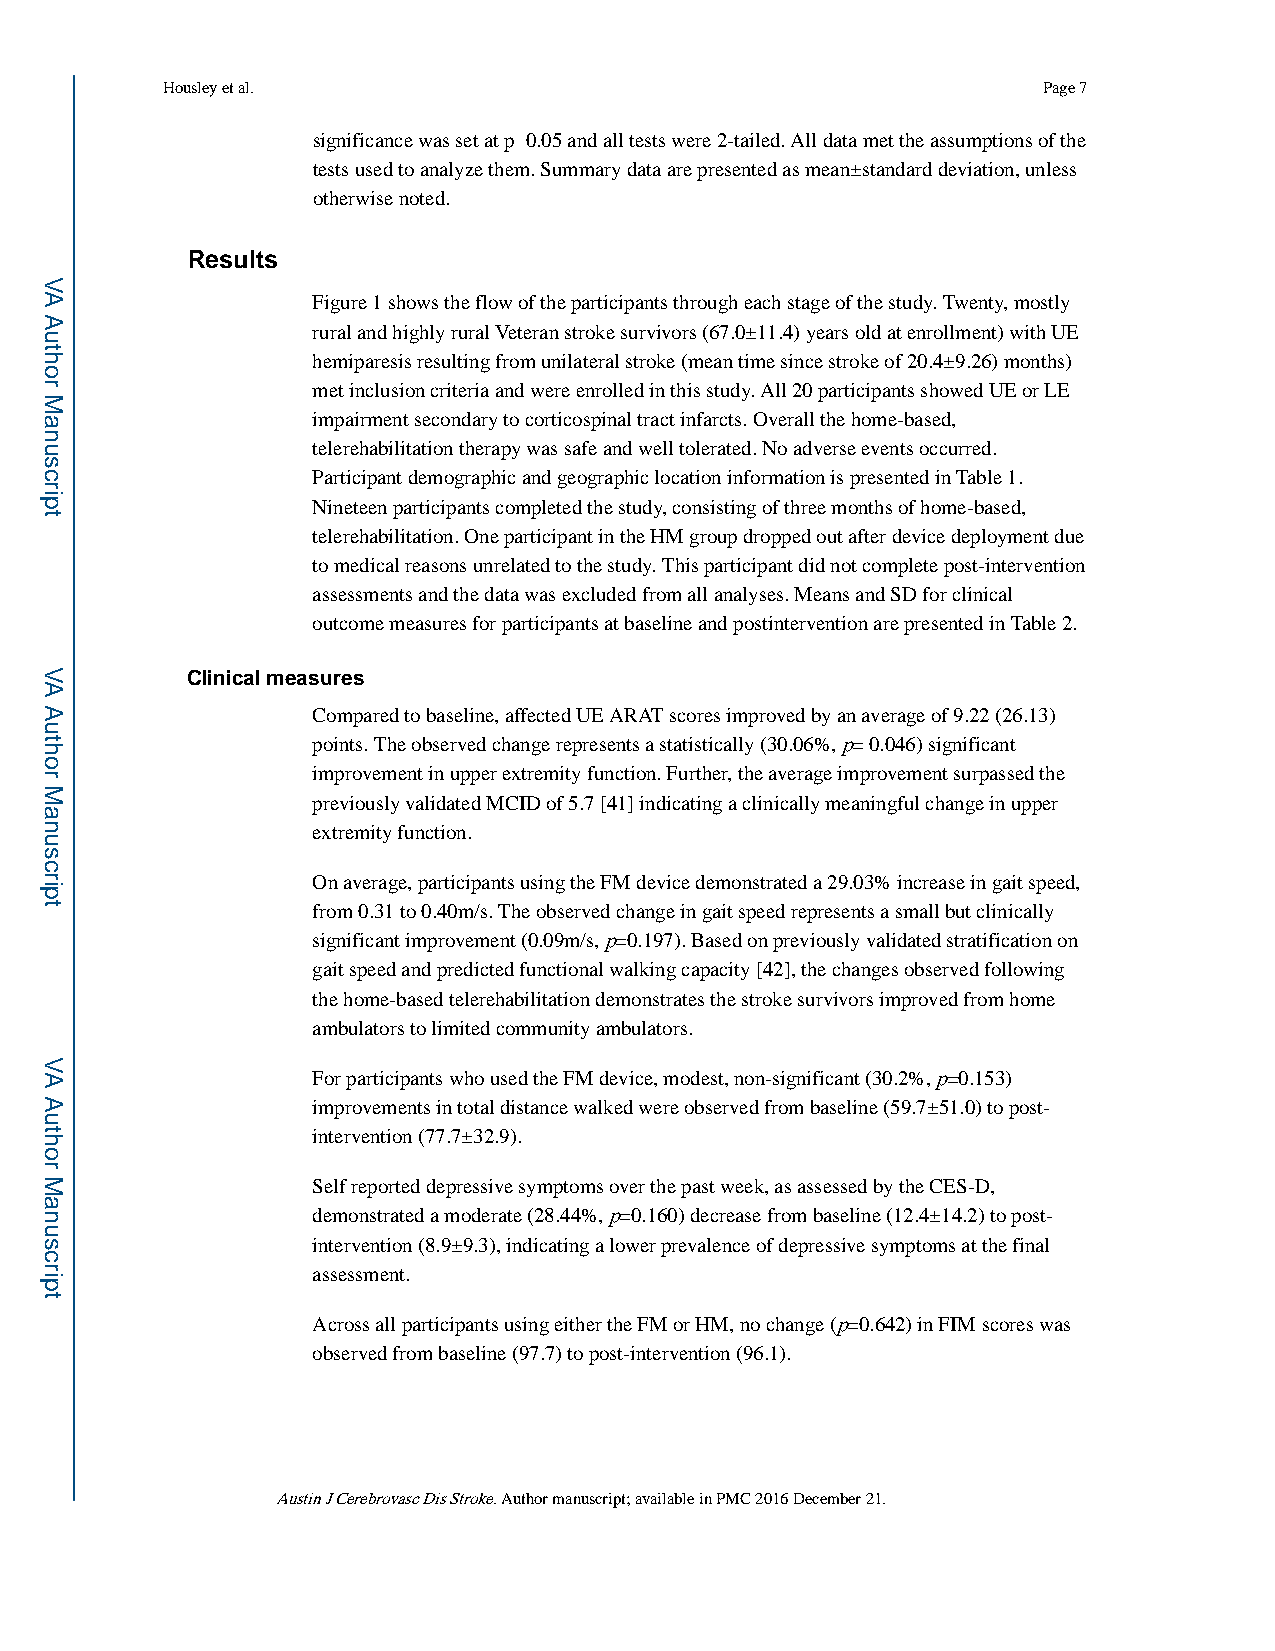
Housley et al.                                            Page 7
 significance was set at p≤0.05 and all tests were 2-tailed. All data met the assumptions of the
 tests used to analyze them. Summary data are presented as mean±standard deviation, unless
 otherwise noted.
 Results
 Figure 1 shows the flow of the participants through each stage of the study. Twenty, mostly
 rural and highly rural Veteran stroke survivors (67.0±11.4) years old at enrollment) with UE
 hemiparesis resulting from unilateral stroke (mean time since stroke of 20.4±9.26) months)
 met inclusion criteria and were enrolled in this study. All 20 participants showed UE or LE
 impairment secondary to corticospinal tract infarcts. Overall the home-based,
 telerehabilitation therapy was safe and well tolerated. No adverse events occurred.
 Participant demographic and geographic location information is presented in Table 1.
 Nineteen participants completed the study, consisting of three months of home-based,
 telerehabilitation. One participant in the HM group dropped out after device deployment due
 to medical reasons unrelated to the study. This participant did not complete post-intervention
 assessments and the data was excluded from all analyses. Means and SD for clinical
 outcome measures for participants at baseline and postintervention are presented in Table 2.
 Clinical measures
 Compared to baseline, affected UE ARAT scores improved by an average of 9.22 (26.13)
 points. The observed change represents a statistically (30.06%, p= 0.046) significant
 improvement in upper extremity function. Further, the average improvement surpassed the
 previously validated MCID of 5.7 [41] indicating a clinically meaningful change in upper
 extremity function.
 On average, participants using the FM device demonstrated a 29.03% increase in gait speed,
 from 0.31 to 0.40m/s. The observed change in gait speed represents a small but clinically
 significant improvement (0.09m/s, p=0.197). Based on previously validated stratification on
 gait speed and predicted functional walking capacity [42], the changes observed following
 the home-based telerehabilitation demonstrates the stroke survivors improved from home
 ambulators to limited community ambulators.
 For participants who used the FM device, modest, non-significant (30.2%, p=0.153)
 improvements in total distance walked were observed from baseline (59.7±51.0) to post-
 intervention (77.7±32.9).
 Self reported depressive symptoms over the past week, as assessed by the CES-D,
 demonstrated a moderate (28.44%, p=0.160) decrease from baseline (12.4±14.2) to post-
 intervention (8.9±9.3), indicating a lower prevalence of depressive symptoms at the final
 assessment.
 Across all participants using either the FM or HM, no change (p=0.642) in FIM scores was
 observed from baseline (97.7) to post-intervention (96.1).
 Austin J Cerebrovasc Dis Stroke. Author manuscript; available in PMC 2016 December 21.
 VA
 Author
 Manuscript
 VA
 Author
 Manuscript
 VA
 Author
 Manuscript